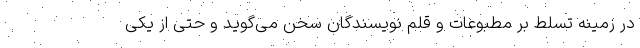
در زمینه تسلط بر مطبوعات و قلم نویسندگان سخن می‌گوید و حتی از یکی